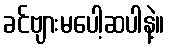
ခင်ဗျားမပေါ့ဆပါနဲ့။